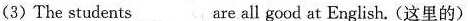
(3)The students ___ are all good at English. (这里的)